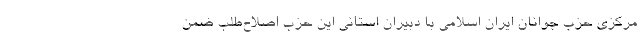
مرکزی حزب جوانان ایران اسلامی با دبیران استانی این حزب اصلاح‌طلب ضمن